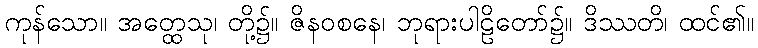
ကုန်သော။ အတ္ထေသု၊ တို့၌။ ဇိနဝစနေ၊ ဘုရားပါဠိတော်၌။ ဒိဿတိ၊ ထင်၏။